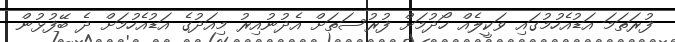
ފުރަތަމަ އަޑުއެހުމުގައި ވަކީލެއް ހޯދުމަށް ފުރުސަތަށް އެދުނުއިރު މިއަދުގެ އަޑުއެހުމަށް ދެ ބޭފުޅުން